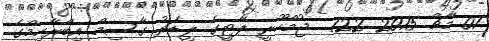
01 މާޗް 2015 122  ޖުމްހޫރީ ޕާޓީގެ ލީޑަރު ގާސިމް އިބްރާހިމްގެ